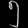
Digit: ၅